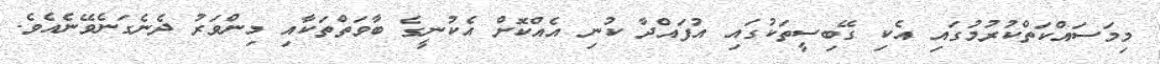
މިމަސައްކަތްކުރުމުގައި އެކި ގޭބިސީތަކުގައި އުފައްދާ ކުނި އެއްކޮށް އެކުނީގެ ބާވަތްތަކާއި މިންވަރު ދެނެގަނެވޭނެއެވެ.